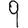
Digit: 9